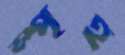
স্পৃহ